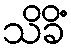
သိခိံ